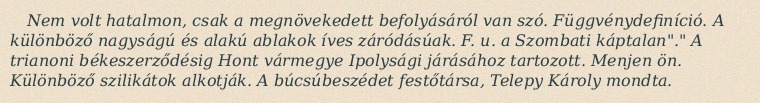
Nem volt hatalmon, csak a megnövekedett befolyásáról van szó. Függvénydefiníció. A különböző nagyságú és alakú ablakok íves záródásúak. F. u. a Szombati káptalan"." A trianoni békeszerződésig Hont vármegye Ipolysági járásához tartozott. Menjen ön. Különböző szilikátok alkotják. A búcsúbeszédet festőtársa, Telepy Károly mondta.